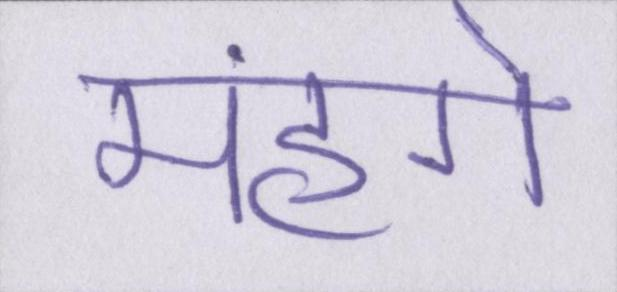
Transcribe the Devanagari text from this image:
मंहगे